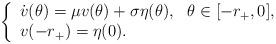
LaTeX: \begin{align*}\left\{\begin{array}{ll} \dot v(\theta) =\mu v(\theta)+ \sigma \eta(\theta), & \theta\in[-r_+,0],\\ v(-r_+)=\eta(0).& \end{array}\right. \end{align*}